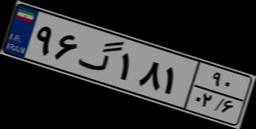
۹۶گ۱۸۱۹۰